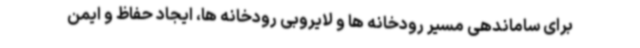
برای ساماندهی مسیر رودخانه ها و لایروبی رودخانه ها، ایجاد حفاظ و ایمن